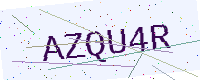
Text: AZQU4R